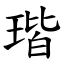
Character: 瑎